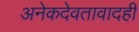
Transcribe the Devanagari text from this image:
अनेकदेवतावादही